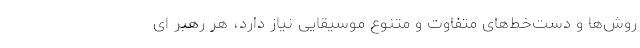
روش‌ها و دست‌خط‌های متفاوت و متنوع موسیقایی نیاز دارد، هر رهبر ای